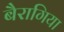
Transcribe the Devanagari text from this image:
बैरागिया